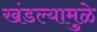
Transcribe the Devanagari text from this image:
खंडल्यामुळे